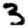
Digit: 3